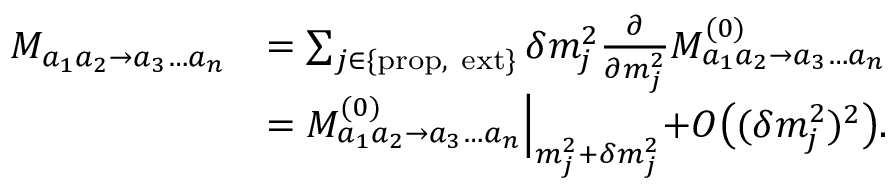
\begin{array} { r l } { M _ { a _ { 1 } a _ { 2 } \to a _ { 3 } \dots a _ { n } } } & { = \sum _ { { j \in \{ \mathrm { p r o p , ~ e x t } \} } } \delta m _ { j } ^ { 2 } \frac { \partial } { \partial m _ { j } ^ { 2 } } M _ { a _ { 1 } a _ { 2 } \to a _ { 3 } \dots a _ { n } } ^ { ( 0 ) } } \\ & { = M _ { a _ { 1 } a _ { 2 } \to a _ { 3 } \dots a _ { n } } ^ { ( 0 ) } \Bigl | _ { m _ { j } ^ { 2 } + \delta m _ { j } ^ { 2 } } + O \bigl ( ( \delta m _ { j } ^ { 2 } ) ^ { 2 } \bigl ) . } \end{array}